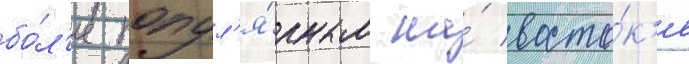
бо́л'ее попул'я́рным на́ восто́к'е